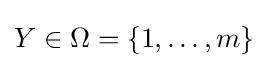
Y\in \Omega =\{1,\ldots ,m\}